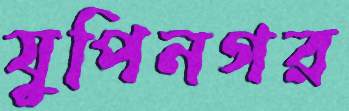
যুপিনগর